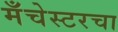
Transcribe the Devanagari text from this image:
मँचेस्टरचा